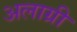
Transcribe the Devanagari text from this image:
अलाग्री